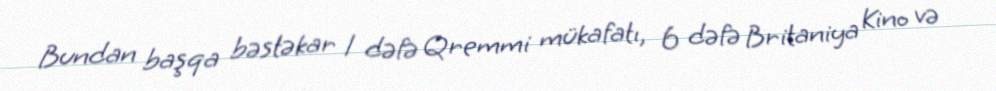
Bundan başqa bəstəkar 1 dəfə Qremmi mükafatı, 6 dəfə Britaniya Kino və